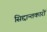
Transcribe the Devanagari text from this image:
सिद्दान्तकारों